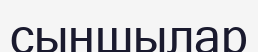
сыншылар